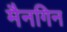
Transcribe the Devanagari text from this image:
मैनगिन